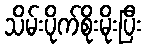
သိမ်းပိုက်စိုးမိုးပြီး